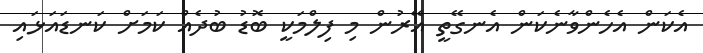
އެކަން އެހެންވާނެކަން އެނގޭތީ އޭރުން މި ފިލްމަކީ ބޮޑު ބުދެއް ކަމަށް ކަނޑައަޅައި